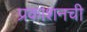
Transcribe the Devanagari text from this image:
प्रकाशनची